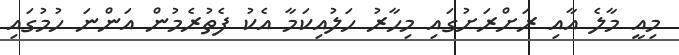
މިއީ މާލެ އާއި ރަށްރަށުގައި މިހާރު ހަލުއިކަމާ އެކު ފެތުރެމުން އަންނަ ހުމުގައި